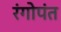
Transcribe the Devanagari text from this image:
रंगोपंत